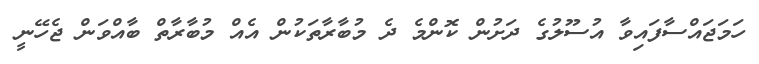
ހަމަޖައްސާފައިވާ އުސޫލުގެ ދަށުން ކޮންމެ ދެ މުބާރާތަކުން އެއް މުބާރާތް ބާއްވަން ޖެހޭނީ